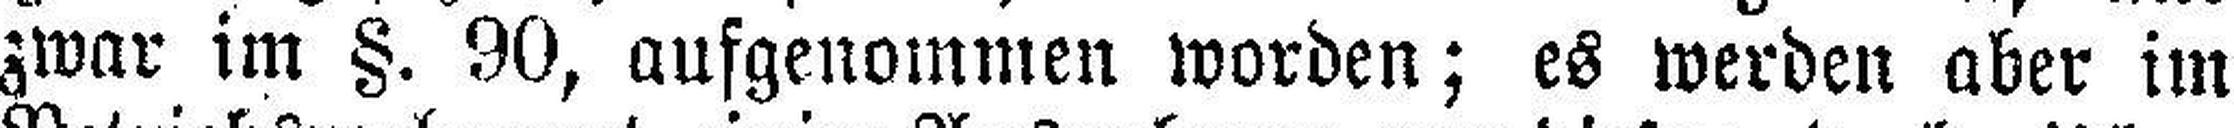
zwar im §. 90, aufgenommen worden; es werden aber im